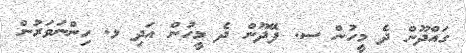
ގައްދޫން ދެ މީހުން ސ. ފޭދޫން ދެ މީހުން އަދި ޅ. ހިންނަވަރުން